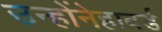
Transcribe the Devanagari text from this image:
उन्होंनेहावर्ड